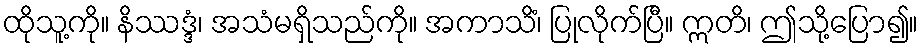
ထိုသူ့ကို။ နိဿဒ္ဒံ၊ အသံမရှိသည်ကို။ အကာသိံ၊ ပြုလိုက်ပြီ။ ဣတိ၊ ဤသို့ပြော၍။